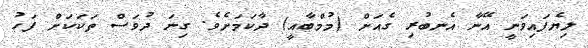
ލިޔެފައިވަނީ އޭނާ އެނބުރި ގެއަށް (މުމްބާއީ) ދާކަމަށެވެ. ގިނަ ދުވަސް ތަކަކަށް ފަހު